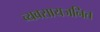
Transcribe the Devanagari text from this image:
व्यवसायजनित